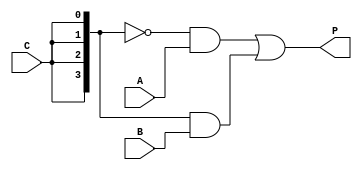
// Bus signal example

module ex03 (
    input [3:0]A,
    input [3:0]B,
    input C,
    output [3:0]P);

    wire[3:0]c_bus;

    assign c_bus = {4{C}};
    assign P = (~c_bus & A) | (c_bus & B);

    
endmodule